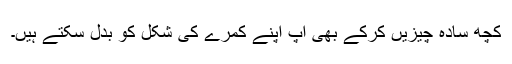
کچھ سادہ چیزیں کرکے بھی آپ اپنے کمرے کی شکل کو بدل سکتے ہیں۔